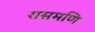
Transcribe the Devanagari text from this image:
रासमणि